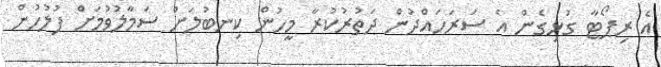
އެ ރިޕޯޓާ ގުޅިގެން އެ ސަރަހައްދުން ދަތުރުކުރާ މީހުން ކިނބުލަށް ސަމާލުވުމަށް ފުލުހުން